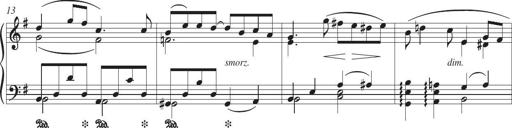
Title: Piano Sonatina in G major
Composer: Johan Peter Emilius Hartmann
Key: G major